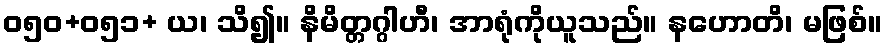
ဝ၅၀+၀၅၁+ ယ၊ သိ၍။ နိမိတ္တဂ္ဂါဟီ၊ အာရုံကိုယူသည်။ နဟောတိ၊ မဖြစ်။